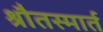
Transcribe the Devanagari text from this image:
श्रौतस्मार्त